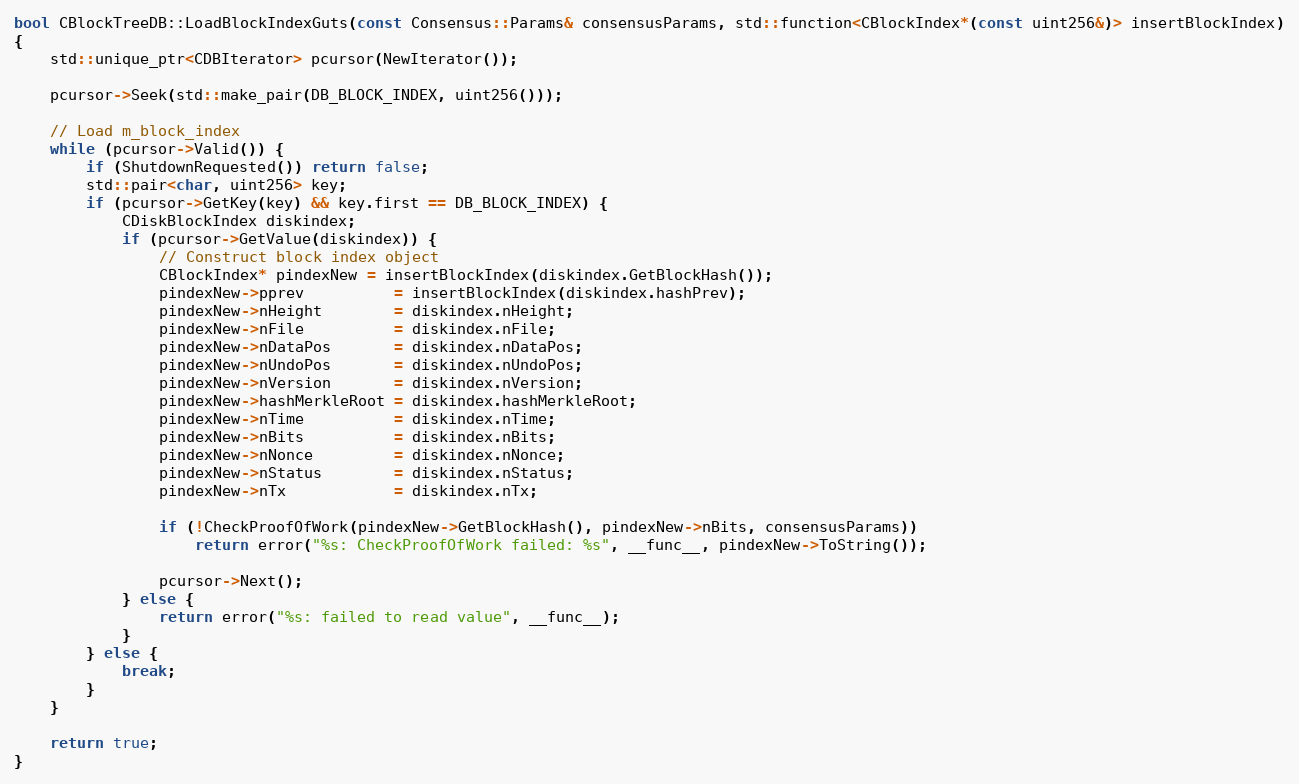
Language: C++
bool CBlockTreeDB::LoadBlockIndexGuts(const Consensus::Params& consensusParams, std::function<CBlockIndex*(const uint256&)> insertBlockIndex)
{
    std::unique_ptr<CDBIterator> pcursor(NewIterator());

    pcursor->Seek(std::make_pair(DB_BLOCK_INDEX, uint256()));

    // Load m_block_index
    while (pcursor->Valid()) {
        if (ShutdownRequested()) return false;
        std::pair<char, uint256> key;
        if (pcursor->GetKey(key) && key.first == DB_BLOCK_INDEX) {
            CDiskBlockIndex diskindex;
            if (pcursor->GetValue(diskindex)) {
                // Construct block index object
                CBlockIndex* pindexNew = insertBlockIndex(diskindex.GetBlockHash());
                pindexNew->pprev          = insertBlockIndex(diskindex.hashPrev);
                pindexNew->nHeight        = diskindex.nHeight;
                pindexNew->nFile          = diskindex.nFile;
                pindexNew->nDataPos       = diskindex.nDataPos;
                pindexNew->nUndoPos       = diskindex.nUndoPos;
                pindexNew->nVersion       = diskindex.nVersion;
                pindexNew->hashMerkleRoot = diskindex.hashMerkleRoot;
                pindexNew->nTime          = diskindex.nTime;
                pindexNew->nBits          = diskindex.nBits;
                pindexNew->nNonce         = diskindex.nNonce;
                pindexNew->nStatus        = diskindex.nStatus;
                pindexNew->nTx            = diskindex.nTx;

                if (!CheckProofOfWork(pindexNew->GetBlockHash(), pindexNew->nBits, consensusParams))
                    return error("%s: CheckProofOfWork failed: %s", __func__, pindexNew->ToString());

                pcursor->Next();
            } else {
                return error("%s: failed to read value", __func__);
            }
        } else {
            break;
        }
    }

    return true;
}